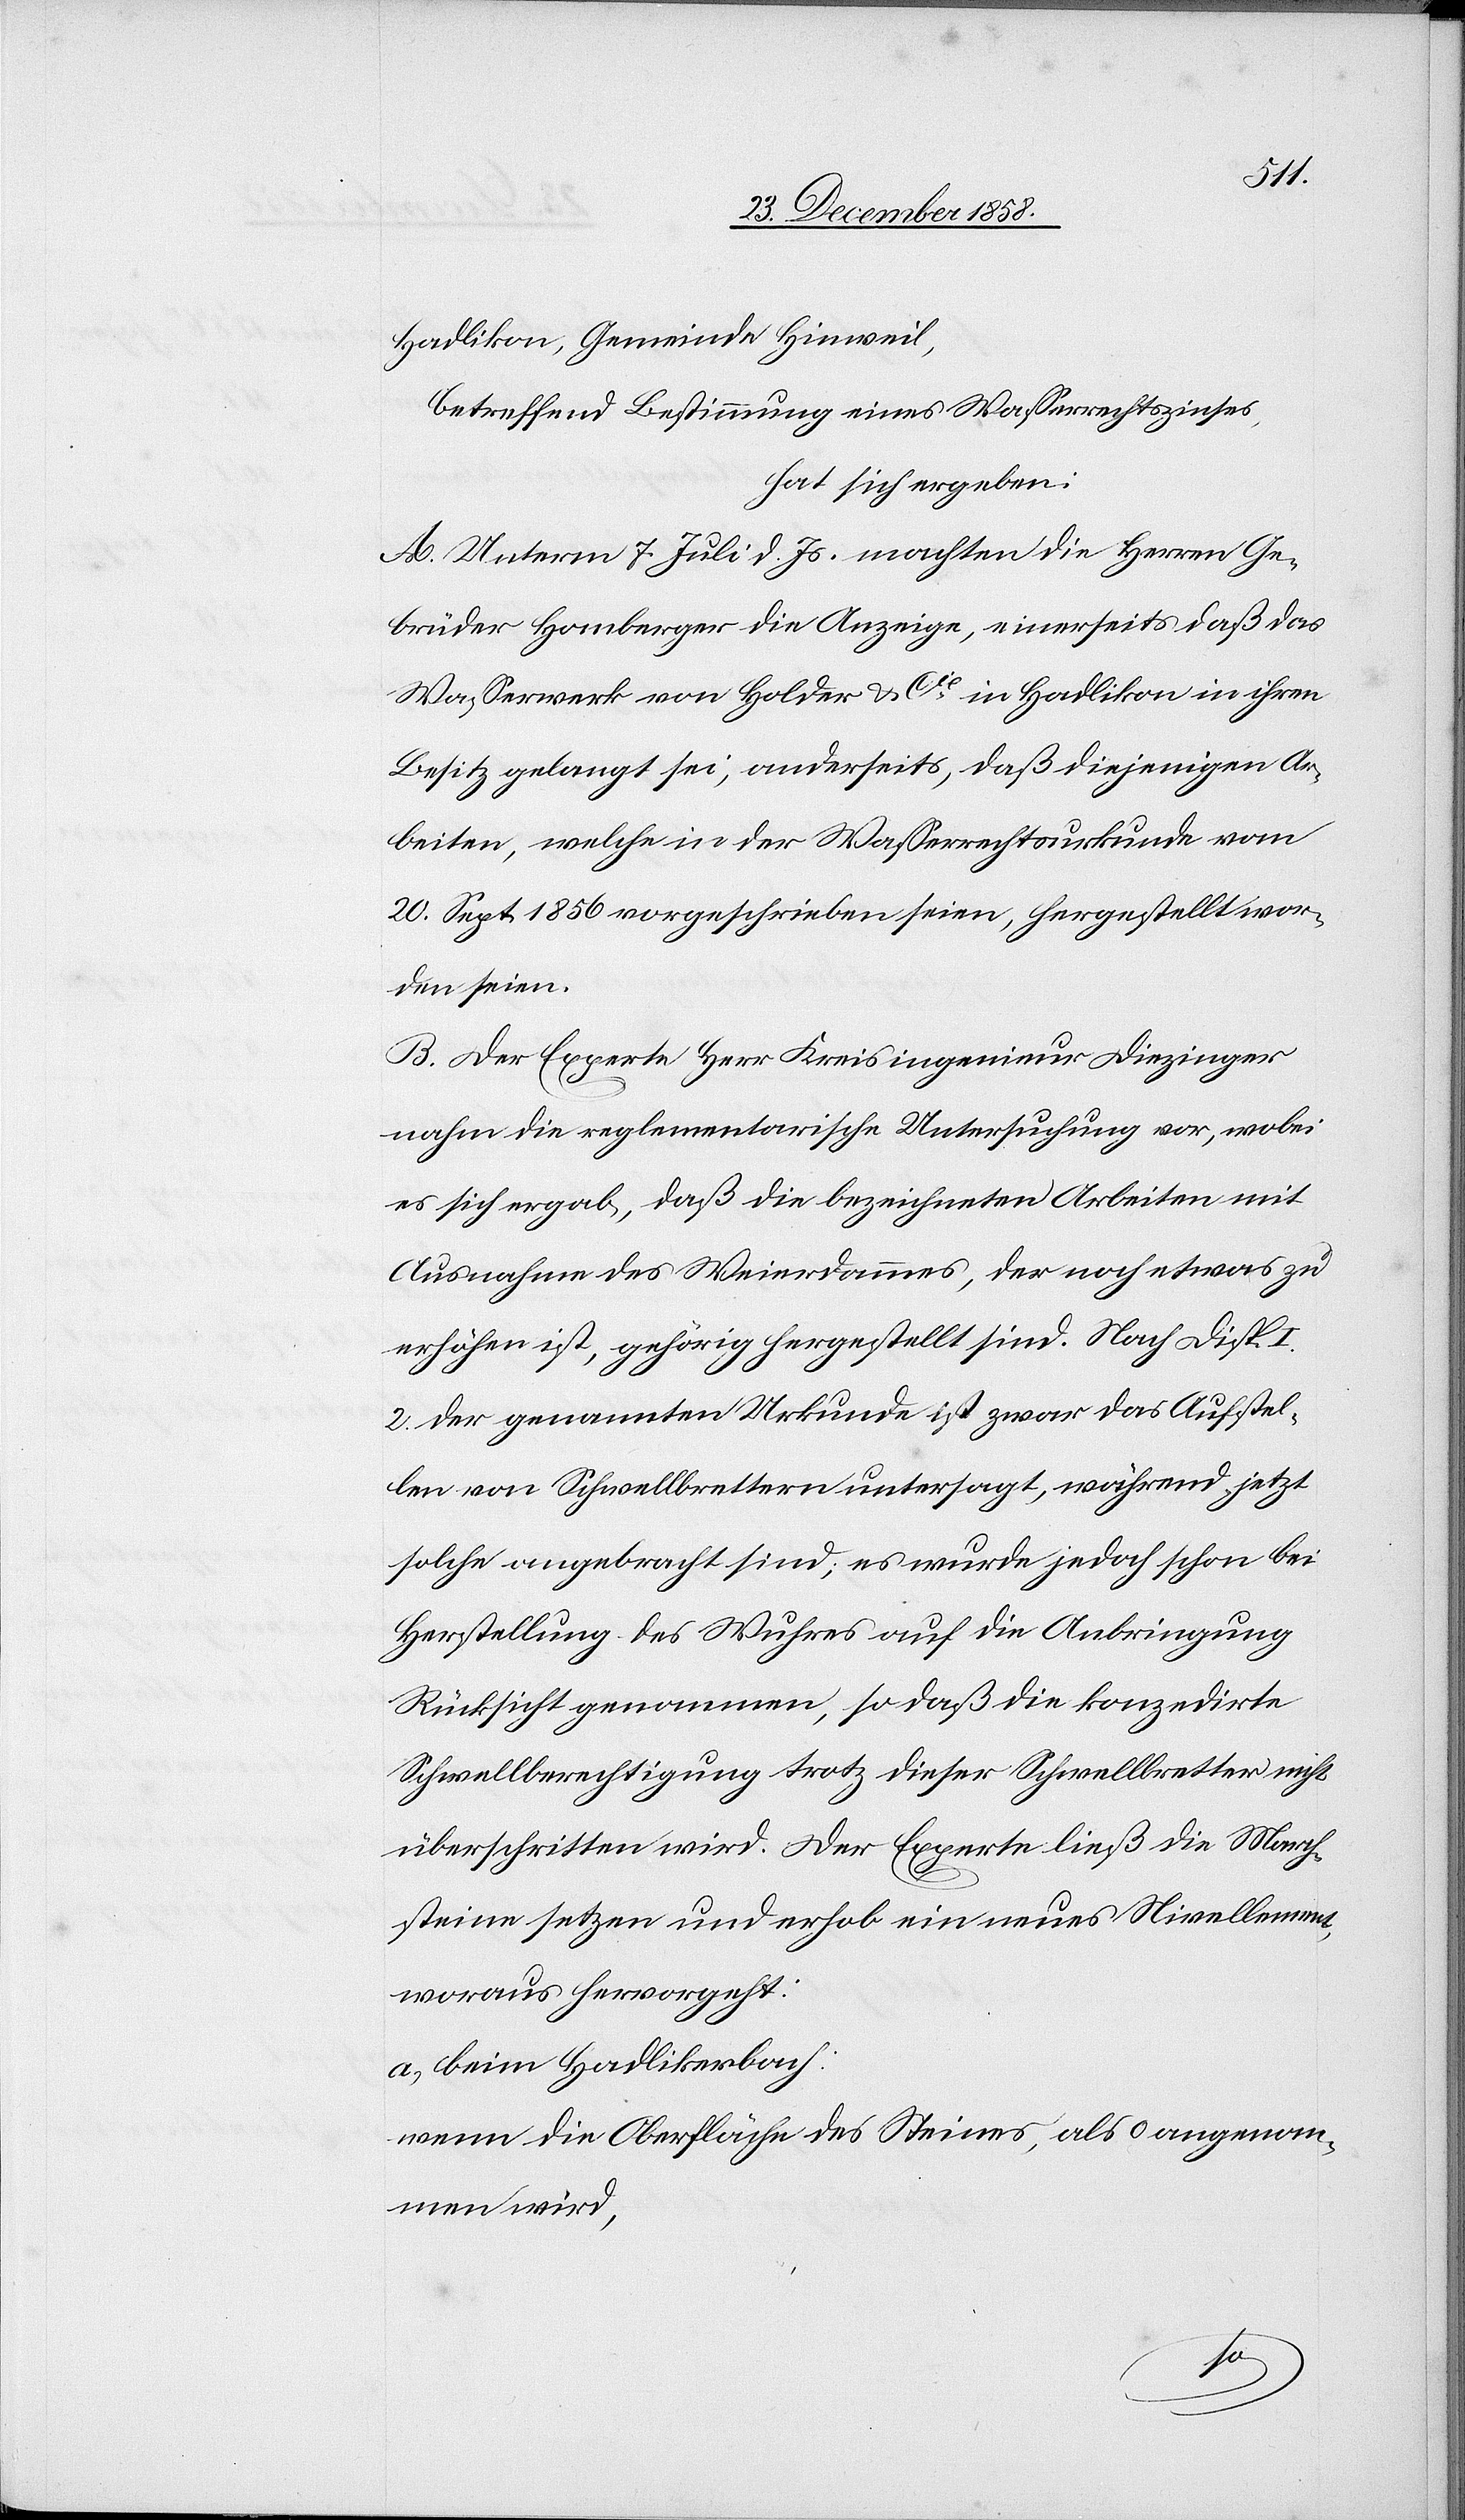
II.
so
wel-